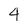
Character: 4